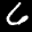
Label: 6